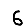
Digit: 6